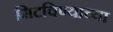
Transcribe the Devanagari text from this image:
मिटविण्याच्या